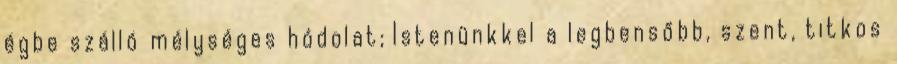
égbe szálló mélységes hódolat; Istenünkkel a legbensőbb, szent, titkos